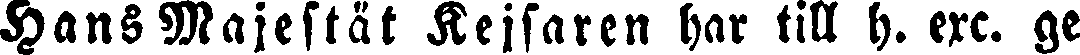
Hans Majestät Kejsaren har till h. exc. ge